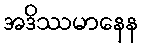
အဒိဿမာနေန